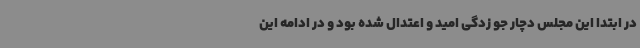
در ابتدا این مجلس دچار جو زدگی امید و اعتدال شده بود و در ادامه این